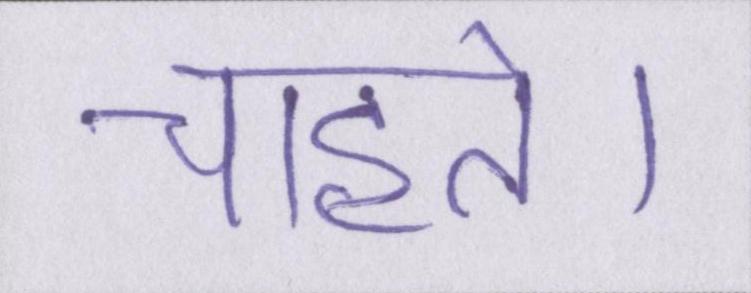
चाहते।